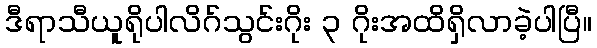
ဒီရာသီယူရိုပါလိဂ်သွင်းဂိုး ၃ ဂိုးအထိရှိလာခဲ့ပါပြီ။